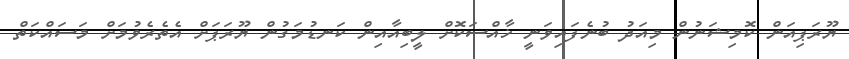
ޔޫރަޕިއަން ކޮމިޝަނުން މިއަދު ބުނެފައިވަނީ ޚާއްސަކޮށް ލީބިއާއިން ކަނޑުމަގުން ޔޫރަޕަށް އެތެރެވުމަށް މަސައްކަތް